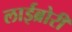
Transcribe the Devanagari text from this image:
लाईब्रोरी